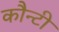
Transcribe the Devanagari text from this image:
कौन्टी